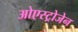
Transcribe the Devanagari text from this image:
ओएस्ट्रोजेन